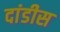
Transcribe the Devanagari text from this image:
दांडीस